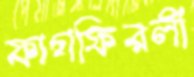
ফাগফিরলী